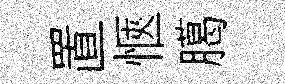
置愜臈